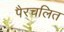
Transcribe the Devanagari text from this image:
पैरचलित